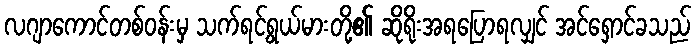
လဂျာကောင်တစ်ဝန်းမှ သက်ရင့်ရွယ်မားတို့၏ ဆိုရိုးအရပြောရလျှင် အင်ရှောင်ခသည်